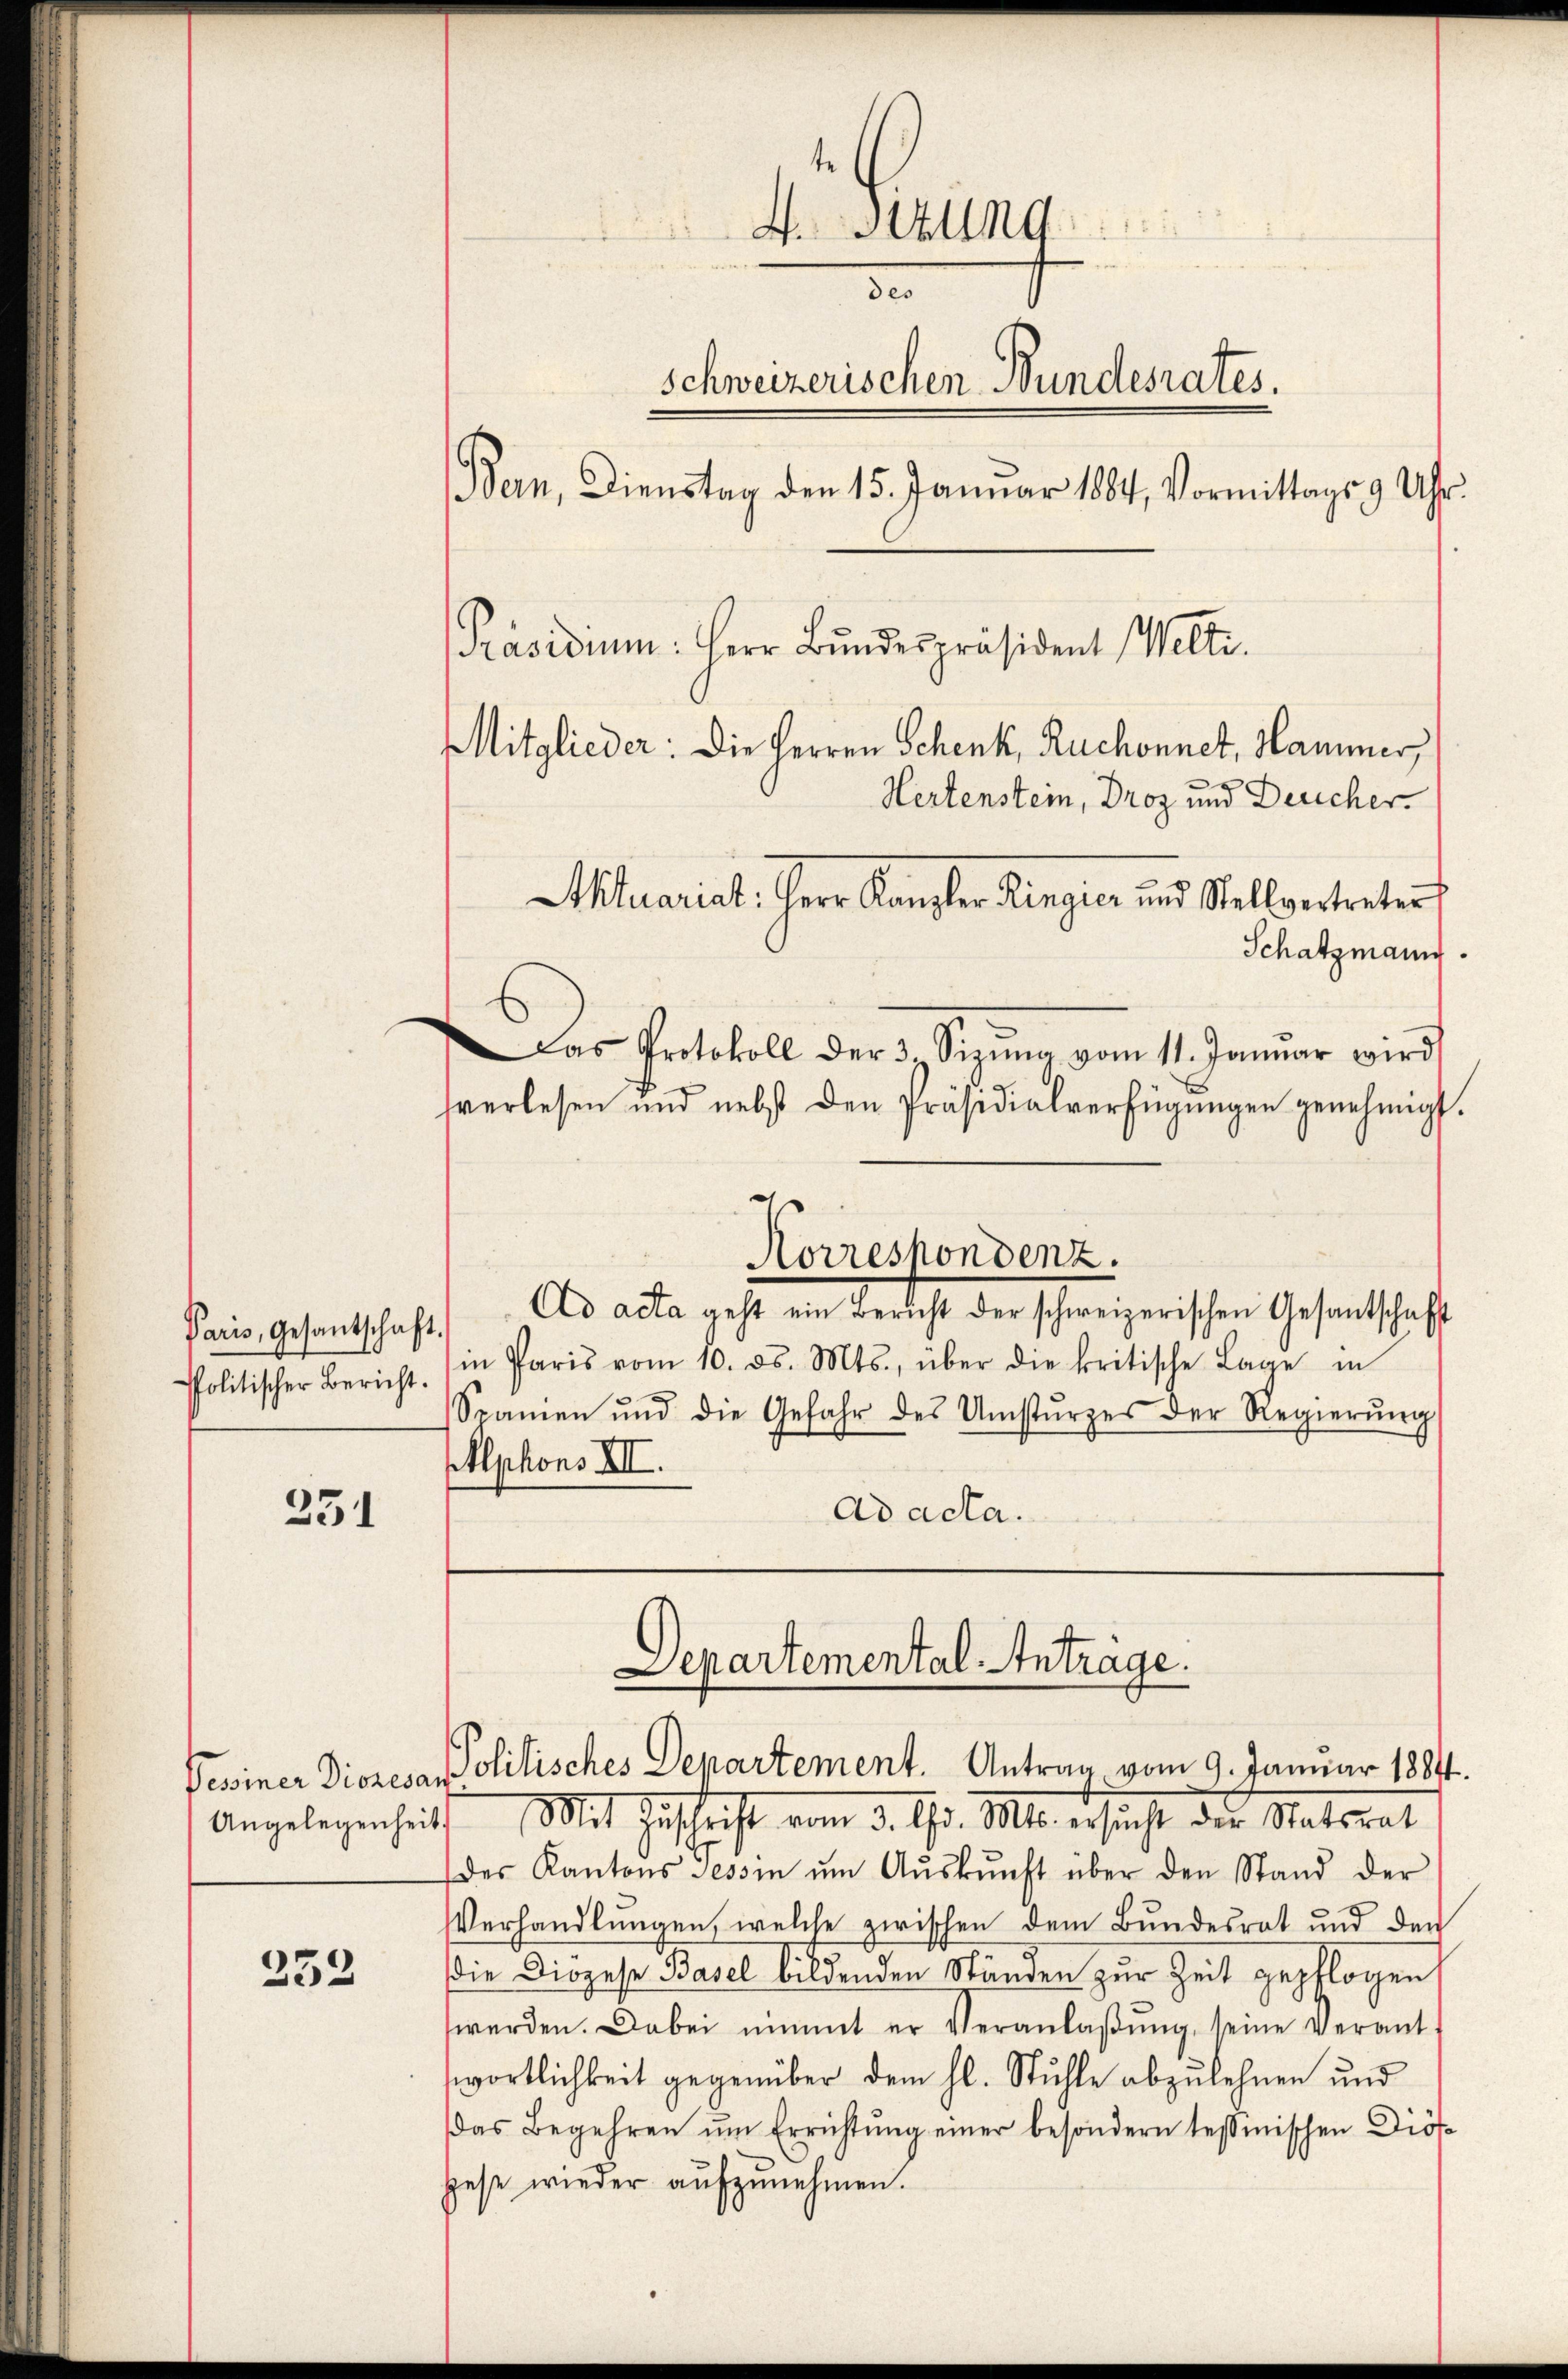
Paris, Gesantschaft.
Politischer Bericht.

231

252

Ad acta geht ein Bericht der schweizerischen Gesantschaft
in Paris vom 10. ds. Mts., über die kritische Lage in
Spanien und die Gefahr des Umstŭrzes der Regierŭng
Alphons XII.
Ad acta.
Departemental-Antrage.
Feiner Dionesar Politisches Departement. Antrag vom 9. Januar 1884.
Angelegenheits Mit Zuschrift vom 3. d. Mts. ersucht der Statsrat
des Kantons Tessin ŭm Aŭskŭnft über den Stand der
Verhandlungen, welche zwischen dem Bundesrat und den
die Diözese Basel bildenden Ständen zur Zeit gepflogen
werden. Dabei nimmt er Veranlaβŭng, seine Verant-
swortlichkeit gegenüber dem hl. Stuhle abzulehnen und
das Begehren ŭm Errichtŭng einer besondern tessmischen Diös
hese wieder aŭfzŭnehmen.

te
.Stzung
de
Schweizerischen Bundesrates.
Bern, Dienstag den 15. Januar 1884, Vormittags 9 Uhr.
[Präsidium: Herr Bundespräsident Welti.
Mitglieder: Die Herren Schenk, Ruchonnet, Hammer,
Hertenstein, Droz und Deucher.
Aktuariat. Herr Kanzler Ringier und Stellvertreter
Schatzmann.

Das Protokoll der 3. Sizŭng vom 11. Januar wird
tverlesen und nebst den Präsidialverfügŭngen genehmigt.

Korrespondenz.